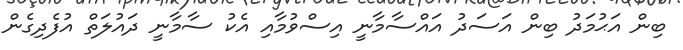
ބިން އަޙުމަދު ބިން އަސަދު އައްސާމާނީ އިސްވުމާއި އެކު ސާމާނީ ދައުލަތް އުފެދިގެން